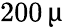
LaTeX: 200\, \upmu